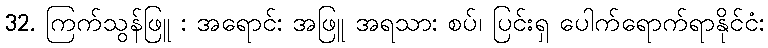
32. ကြက်သွန်ဖြူ : အရောင်: အဖြူ အရသာ: စပ်၊ ပြင်းရှ ပေါက်ရောက်ရာနိုင်ငံ: